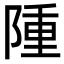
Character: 隀